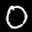
Label: 0